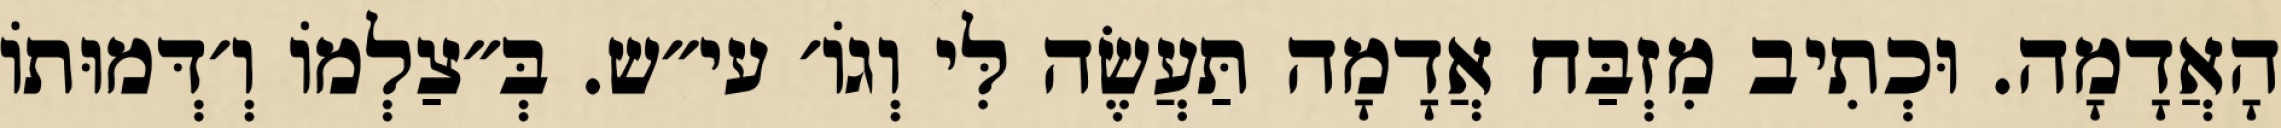
הָאֲדָמָה. וּכְתִיב מִזְבַּח אֲדָמָה תַּעֲשֶׂה לִּי וְגוֹ׳ עי״ש. בְּ״צַלְמוֹ וְ׳דְּמוּתוֹ